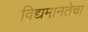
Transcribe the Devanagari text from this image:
विद्यमानतेचा